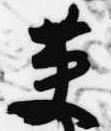
英